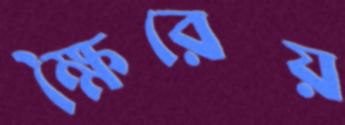
ক্ষৈরেয়